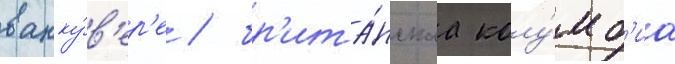
ванку́в'ер'е / бр'ита́нскаа колу́мб'иа